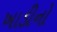
ખાડીનો